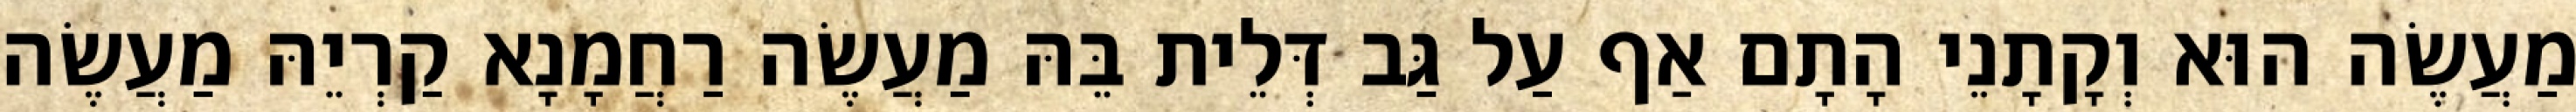
מַעֲשֶׂה הוּא וְקָתָנֵי הָתָם אַף עַל גַּב דְּלֵית בֵּהּ מַעֲשֶׂה רַחֲמָנָא קַרְיֵהּ מַעֲשֶׂה